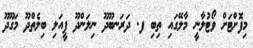
މިފޮށްޓަށް ވޯޓުލާނީ މާލޭގައި ތިބި ފ. ދަރަނބޫދޫ ނިލަންދޫ ފީއަލި ބިލެތްދޫ މަގޫދޫ